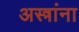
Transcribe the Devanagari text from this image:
अस्त्रांना